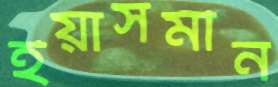
ইয়াসমীন